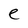
Character: e